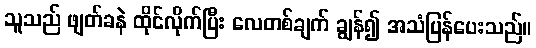
သူသည် ဖျတ်ခနဲ ထိုင်လိုက်ပြီး လေတစ်ချက် ချွန်၍ အသံပြန်ပေးသည်။